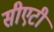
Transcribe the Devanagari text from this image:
सीएटी